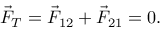
\vec { F } _ { T } = \vec { F } _ { 1 2 } + \vec { F } _ { 2 1 } = 0 .